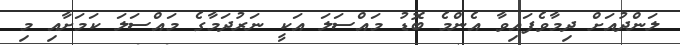
ލަންދުއަށް ދިމާވެފައިވާ އެންމެ ބޮޑު މައްސަލަ އަކީ ނަރުދަމާގެ މައްސަލަ ކަމަށާއި މި